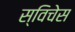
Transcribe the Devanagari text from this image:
स्विचेस